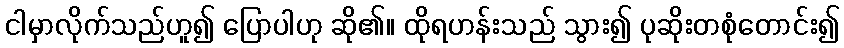
ငါမှာလိုက်သည်ဟူ၍ ပြောပါဟု ဆို၏။ ထိုရဟန်းသည် သွား၍ ပုဆိုးတစုံတောင်း၍